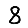
Digit: 8